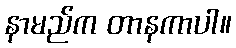
နာမည်က တာနကာပါ။